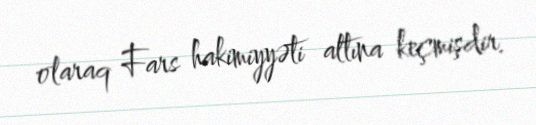
olaraq Fars hakimiyyəti altına keçmişdir.